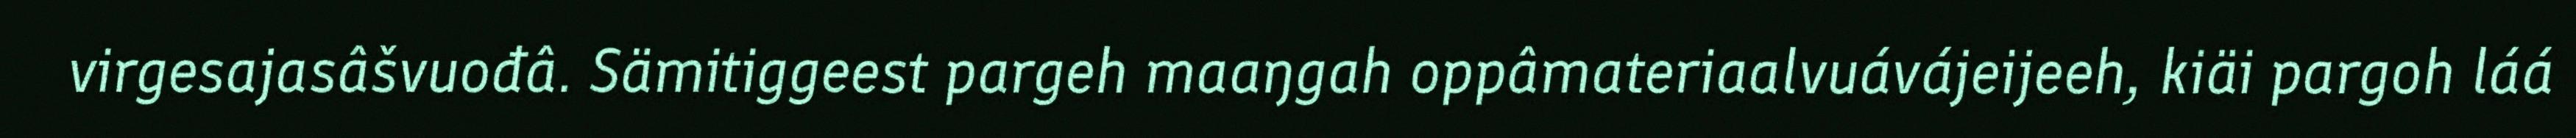
virgesajasâšvuođâ. Sämitiggeest pargeh maaŋgah oppâmateriaalvuávájeijeeh, kiäi pargoh láá